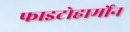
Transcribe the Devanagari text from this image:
फाइटोहार्मोन